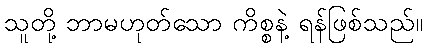
သူတို့ ဘာမဟုတ်သော ကိစ္စနဲ့ ရန်ဖြစ်သည်။